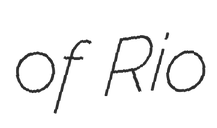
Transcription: of Rio